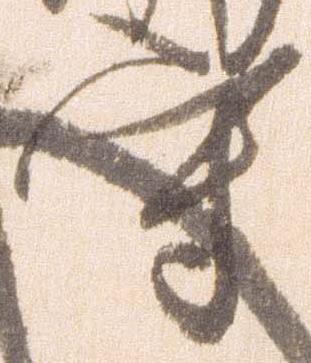
守